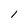
Character: 1